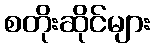
စတိုးဆိုင်များ